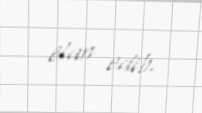
elan edib.